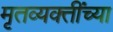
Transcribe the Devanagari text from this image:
मृतव्यक्तींच्या